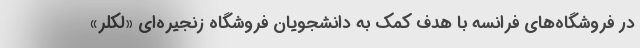
در فروشگاه‌های فرانسه با هدف کمک به دانشجویان فروشگاه زنجیره‌ای «لکلر»